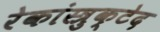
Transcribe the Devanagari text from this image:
रेकांस्त्रुक्टेद